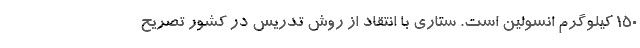
150 كیلوگرم انسولین است. ستاری با انتقاد از روش تدریس در كشور تصریح